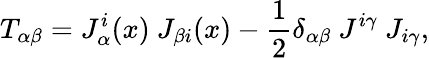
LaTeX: T_{\alpha\beta}=J_{\alpha}^{i}(x)~J_{\beta i}(x)-\frac{1}{2}\delta_{\alpha\beta}~J^{i\gamma}~J_{i\gamma},